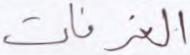
الغرفات